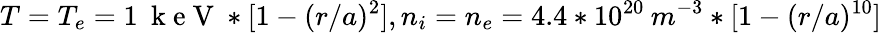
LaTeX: T=T_{e}=1\: \mathrm{~k~e~V~}*[1-(r/a)^{2}],n_{i}=n_{e}=4.4*10^{20}\: m^{-3}*[1-(r/a)^{10}]